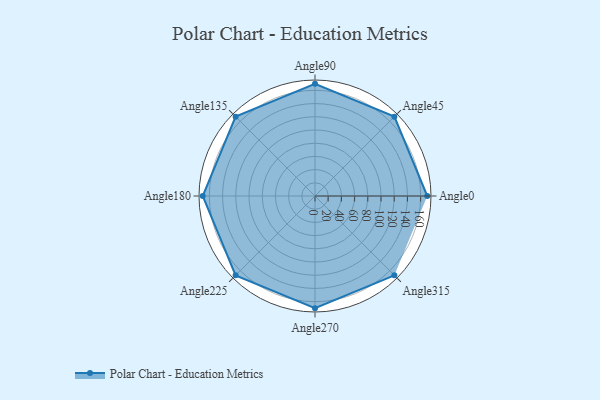
{"axis": {"x": "Angle", "y": "Radius"}, "legend": [""], "data": [{"x": "Angle0", "y": 170, "type": ""}, {"x": "Angle45", "y": 170, "type": ""}, {"x": "Angle90", "y": 170, "type": ""}, {"x": "Angle135", "y": 170, "type": ""}, {"x": "Angle180", "y": 170, "type": ""}, {"x": "Angle225", "y": 170, "type": ""}, {"x": "Angle270", "y": 170, "type": ""}, {"x": "Angle315", "y": 170, "type": ""}]}